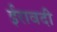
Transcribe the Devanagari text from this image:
ईरावदी